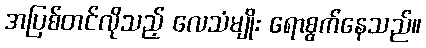
အပြစ်တင်လိုသည့် လေသံမျိုး ရောစွက်နေသည်။